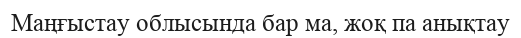
Маңғыстау облысында бар ма, жоқ па анықтау